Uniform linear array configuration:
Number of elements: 12
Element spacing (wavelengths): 1
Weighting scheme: exponential
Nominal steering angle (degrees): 0
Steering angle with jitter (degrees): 1.517
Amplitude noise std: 0.05
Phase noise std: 0.05

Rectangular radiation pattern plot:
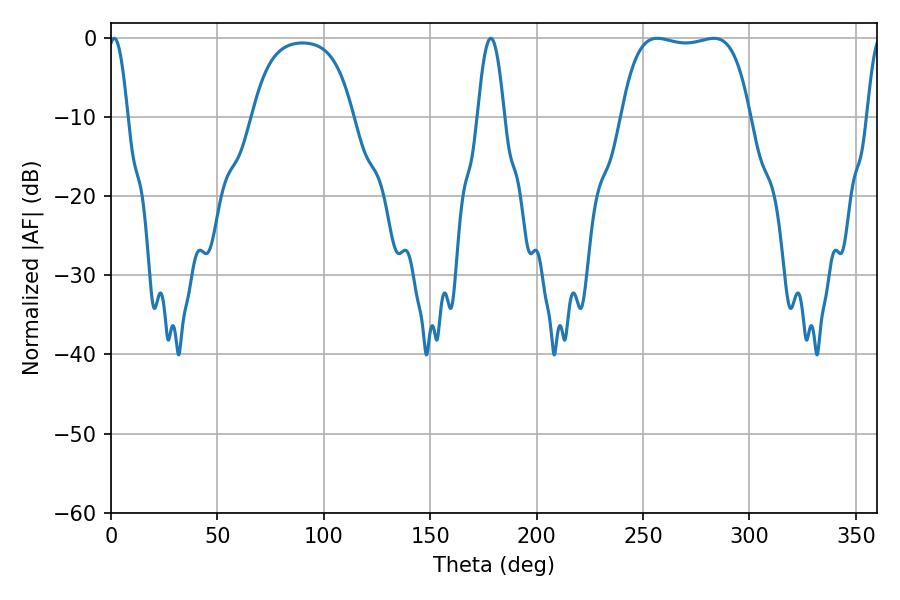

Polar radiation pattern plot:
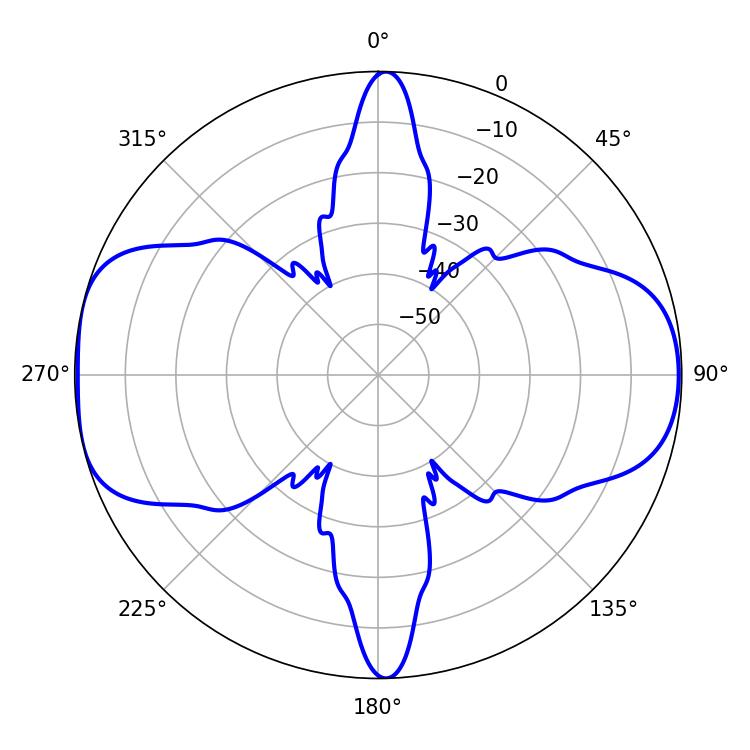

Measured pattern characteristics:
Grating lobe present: TRUE
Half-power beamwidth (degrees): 47.88
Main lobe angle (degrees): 256.68